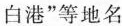
白港”等地名